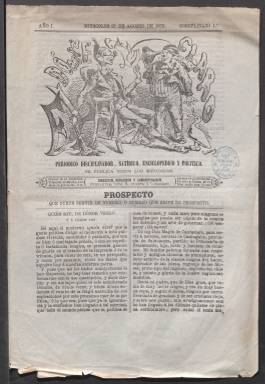
Título: El Dómine cantaclaro
Colección: Revistas satíricas y humorísticas
Ámbito geográfico: Madrid
Lugar de publicación: Madrid
Fechas: 21/08/1872-21/08/1872